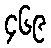
၄၆၉